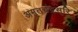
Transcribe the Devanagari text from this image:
अमृतचंद्रसूरि